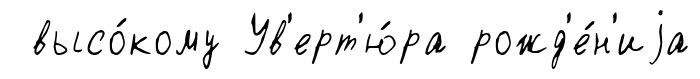
высо́кому Ув'ерт'ю́ра рожд'е́н'иjа